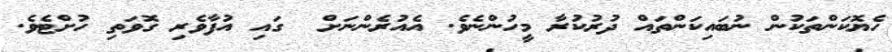
ހެޔޮކަންތަކުން ނުބައިކަންތައް ދުރުކުރާ މީހުންނެވެ. އެއުރެންނަށް  ގައި އުފާވެރި ގޮވަތި ހުށްޓެވެ.